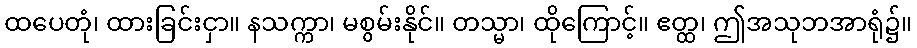
ထပေတုံ၊ ထားခြင်းငှာ။ နသက္ကာ၊ မစွမ်းနိုင်။ တသ္မာ၊ ထိုကြောင့်။ ဧတ္ထ၊ ဤအသုဘအာရုံ၌။